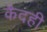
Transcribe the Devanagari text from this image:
कैदही